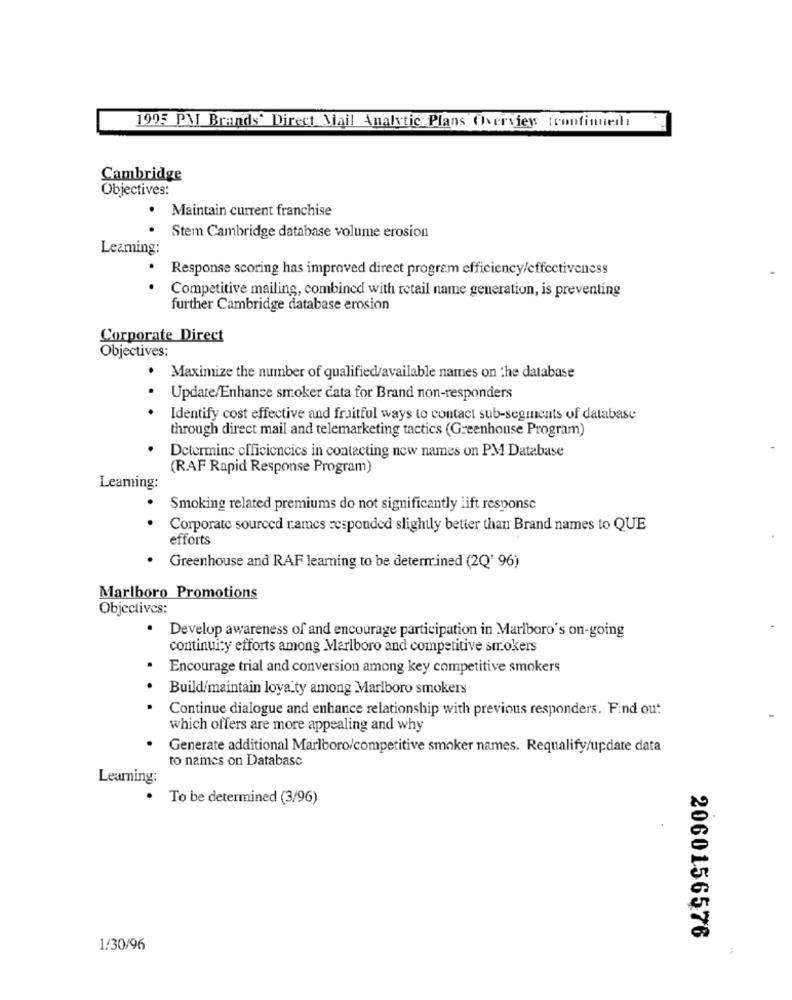
1995 PM Brands' Direct Mail Analytic Plans Overviews (continued)
Cambridge
Objectives:
Maintain current franchise
.
Stem Cambridge database volume erosion
Learning:
Response scoring has improved direct program efficiency/effectiveness
Competitive mailing, combined with retail name generation, is preventing
further Cambridge database erosion
Corporate Direct
Objectives:
. Maximize the number of qualified/available names on the database
Update/Enhance smoker cata for Brand non-responders
.
Identify cost effective and fruitful ways to contact sub-segments of database
through direct mail and telemarketing tactics (Greenhouse Program)
Determine efficiencies in contacting new names on PM Database
(RAF Rapid Response Program)
Leaming:
Smoking related premiums do not significantly lift response
Corporate sourced rames responded slightly better than Brand names to QUE
efforts
Greenhouse and RAF learning to be determined (2Q' 96)
Marlboro Promotions
Objectives:
· Develop awareness of and encourage participation in Marlboro's on-going
continuity efforts among Marlboro and competitive smokers
Encourage trial and conversion among key competitive smokers
Build/maintain loya ty among Marlboro smokers
Continue dialogue and enhance relationship with previous responders. Find out
which offers are more appealing and why
Generate additional Marlboro/competitive smoker names. Requalify/update data
to names on Database
Learning:
To be determined (3/96)
2060156576
1/30/96